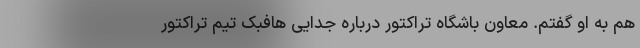
هم به او گفتم. معاون باشگاه تراکتور درباره جدایی هافبک تیم تراکتور